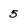
Character: 5